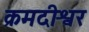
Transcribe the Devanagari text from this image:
क्रमदीश्वर